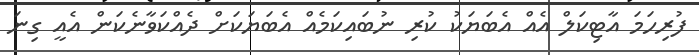
ފުރިހަމަ އާޓިކަލް އެއް އެބަޔަކު ކުރި ނުބައިކަމެއް އެބަޔަކަށް ދެއްކަވާނެކަން އެއީ ގިނަ